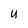
Character: U